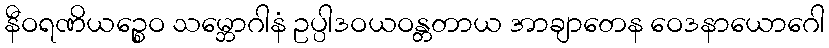
နီဝရဏိယဉ္စေဝ သမ္ဘောဂါနံ ဥပ္ပါဒဝယဝန္တတာယ အာချာတေန ဝေဒနာယောဂေါ